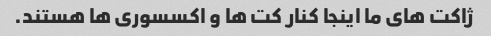
ژاکت های ما اینجا کنار کت ها و اکسسوری ها هستند.